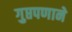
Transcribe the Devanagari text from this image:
गुप्तपणाने